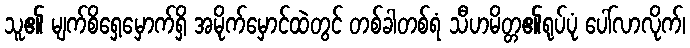
သူ၏ မျက်စိရှေ့မှောက်ရှိ အမိုက်မှောင်ထဲတွင် တစ်ခါတစ်ရံ သီဟမိတ္တ၏ရုပ်ပုံ ပေါ်လာလိုက်၊